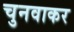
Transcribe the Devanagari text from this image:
चुनवाकर